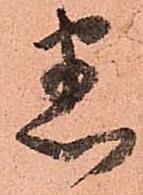
悉